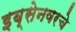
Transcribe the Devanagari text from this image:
इब्सेनवरचे